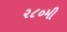
૨૮૦મી